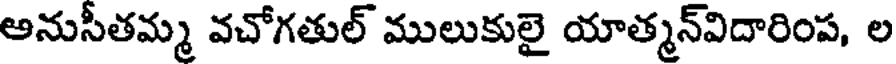
అనుసీతమ్మ వచోగతుల్ ములుకులై యాత్మన్విదారింప, ల